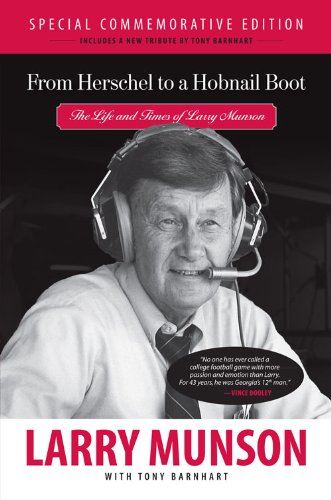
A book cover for From Herschel to a Hobnail Boot: The Life and Times of Larry Munson; Larry Munson; Humor & Entertainment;